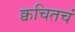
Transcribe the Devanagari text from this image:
क्वचितचं